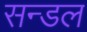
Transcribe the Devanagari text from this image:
सन्डल